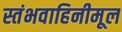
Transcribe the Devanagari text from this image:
स्तंभवाहिनीमूल